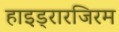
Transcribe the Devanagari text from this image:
हाइड्रारजिरम